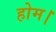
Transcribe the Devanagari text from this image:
होम।